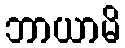
ဘာယာမိ